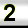
Digit: 2